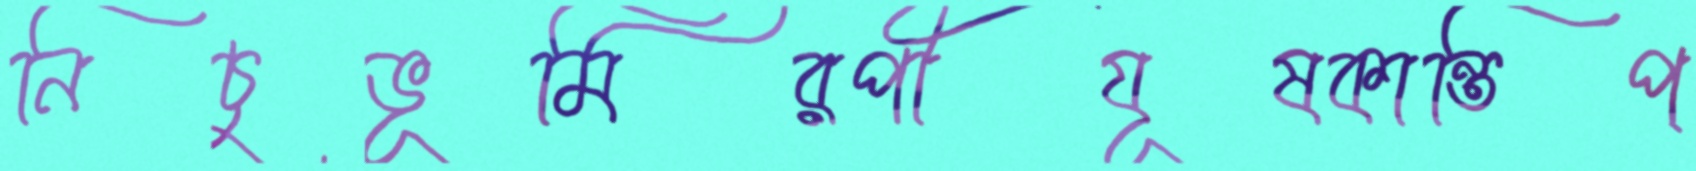
নিচুভূমিরপীযূষকান্তিপ্